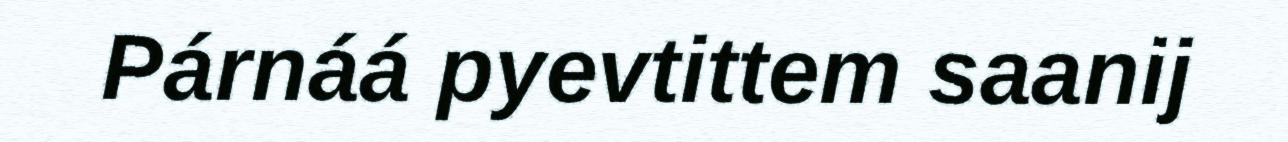
Párnáá pyevtittem saanij